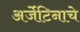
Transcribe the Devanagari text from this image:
अर्जेंटिनाचे